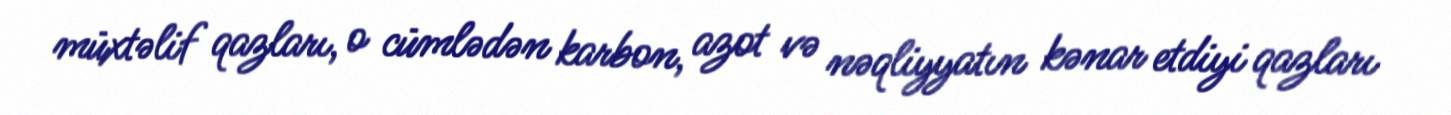
müxtəlif qazları, o cümlədən karbon, azot və nəqliyyatın kənar etdiyi qazları